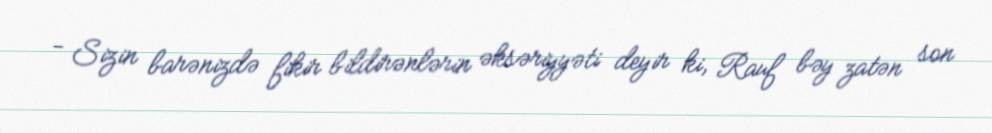
- Sizin barənizdə fikir bildirənlərin əksəriyyəti deyir ki, Rauf bəy zatən son